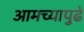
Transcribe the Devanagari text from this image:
आमच्यापुढे